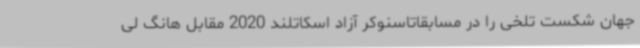
جهان شکست تلخی را در مسابقاتاسنوکر آزاد اسکاتلند 2020 مقابل هانگ لی